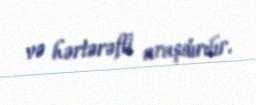
və hərtərəfli araşdırılır.